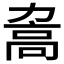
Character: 𲌖